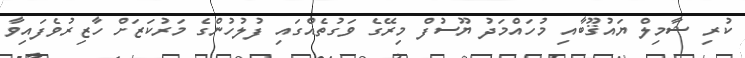
ކުރި ޝާމިލް ޔައުޤޫބާއި މުހައްމަދު ޔޫސުފް މިރޭގެ ވަގުތެއްގައި ފުލުހުންގެ މަރުކަޒަށް ހާޒިރުވެފައިވާ